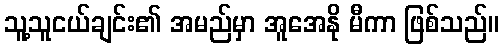
သူ့သူငယ်ချင်း၏ အမည်မှာ အူအေနို မီကာ ဖြစ်သည်။